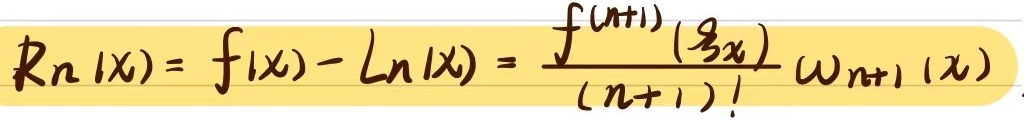
\[
R_n(x)=f(x)-L_n(x)=\frac{f^{(n + 1)}(\xi_x)}{(n + 1)!}w_{n+1}(x)
\]